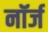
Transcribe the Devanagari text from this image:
नॉर्ज